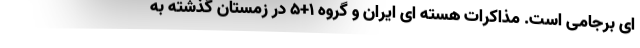
ای برجامی است. مذاکرات هسته ای ایران و گروه 1+5 در زمستان گذشته به